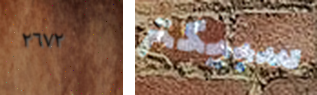
٢٦٧٢ سبيكتر